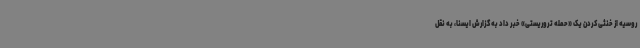
روسیه از خنثی کردن یک «حمله تروریستی» خبر داد به گزارش ایسنا، به نقل